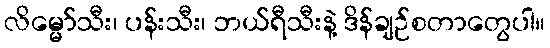
လိမ္မော်သီး၊ ပန်းသီး၊ ဘယ်ရီသီးနဲ့ ဒိန်ချဉ်စတာတွေပါ။